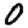
Digit: 0